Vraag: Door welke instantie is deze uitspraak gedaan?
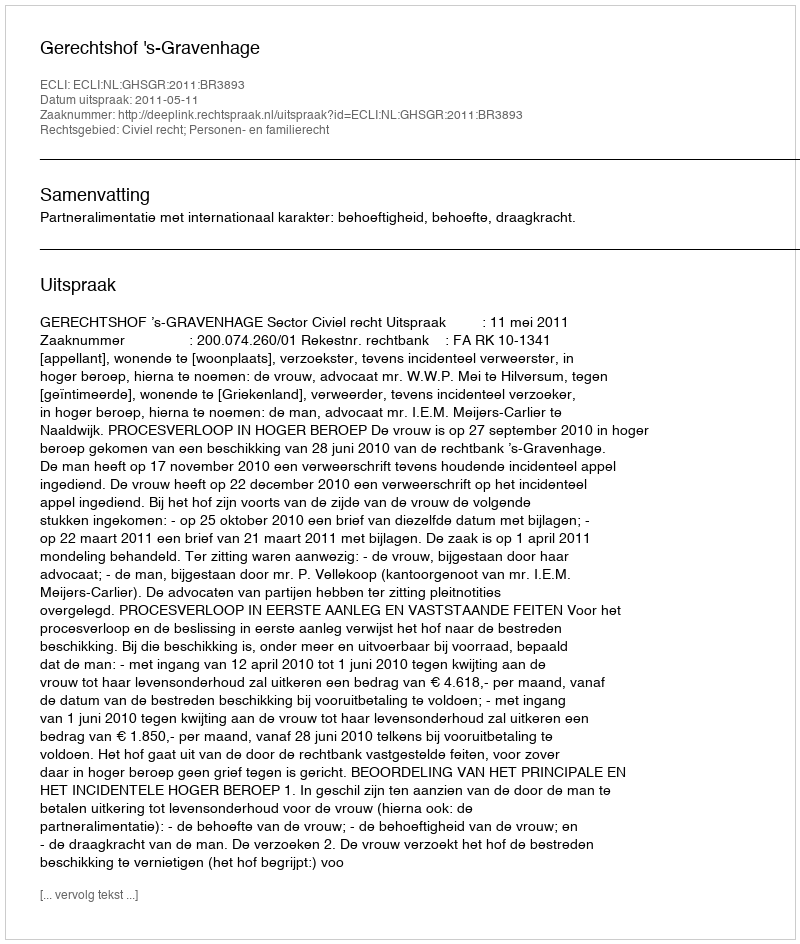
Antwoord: Gerechtshof 's-Gravenhage